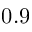
0 . 9